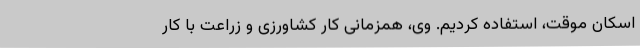
اسکان موقت، استفاده کردیم. وی، همزمانی کار کشاورزی و زراعت با کار